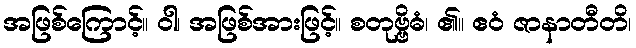
အဖြစ်ကြောင့်။ ဝါ၊ အဖြစ်အားဖြင့်။ စတုဗ္ဗိဓံ၊ ၏။ ဧဝံ ဇာနာတီတိ၊